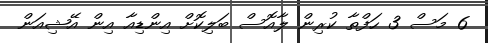
6 މަސް 3 ހަފްތާ ކުރިން ލާއޮސް ބަލިކޮށް އިންޑިއާ އިން އޭޝިއަން